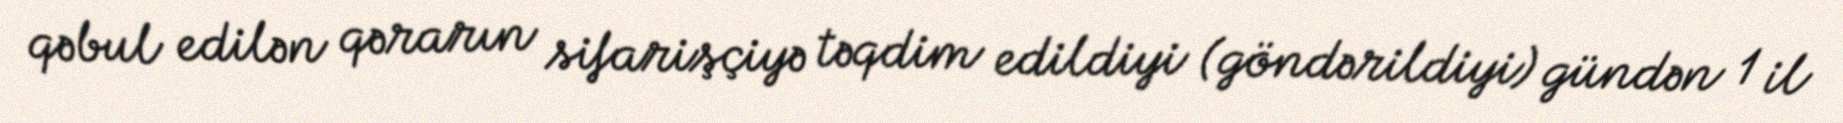
qəbul edilən qərarın sifarişçiyə təqdim edildiyi (göndərildiyi) gündən 1 il